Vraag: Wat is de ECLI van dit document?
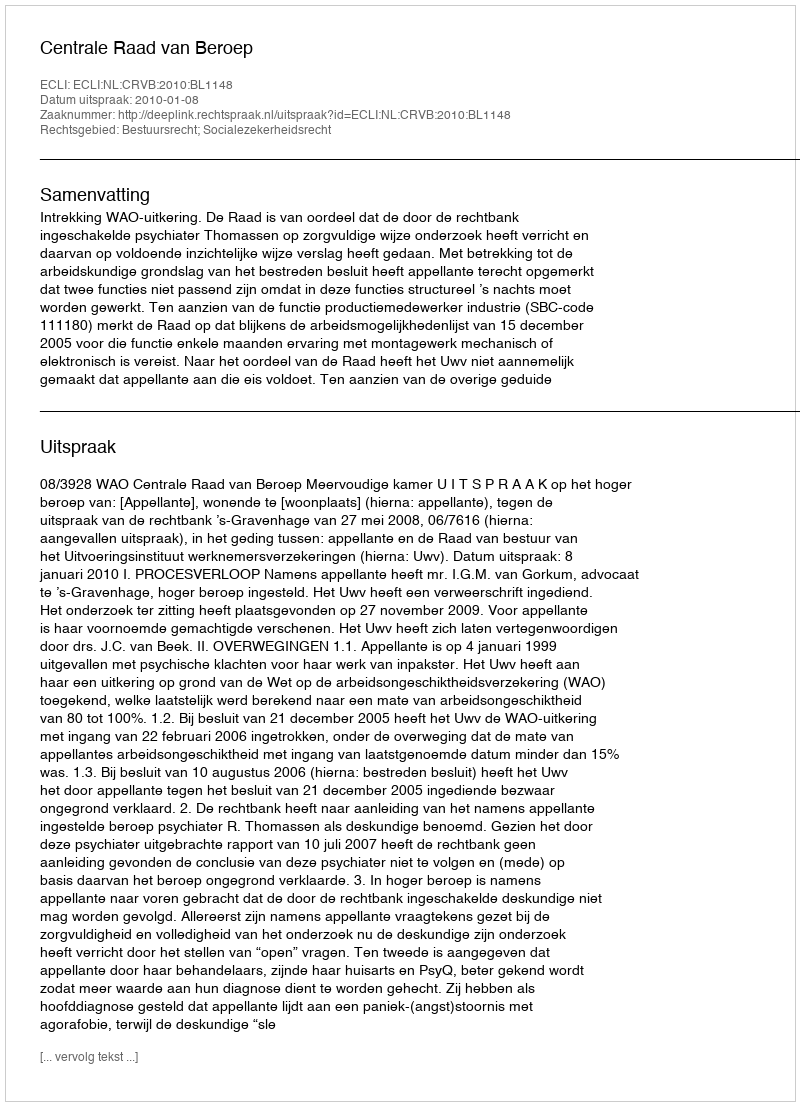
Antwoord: ECLI:NL:CRVB:2010:BL1148